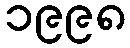
၁၉၉၈